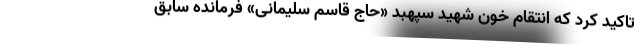
تاکید کرد که انتقام خون شهید سپهبد «حاج قاسم سلیمانی» فرمانده سابق